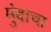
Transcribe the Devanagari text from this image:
मुंबाचा